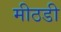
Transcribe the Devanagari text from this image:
मीठडी